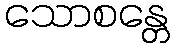
သောစန္တေ